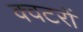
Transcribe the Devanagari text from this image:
क्वटरों